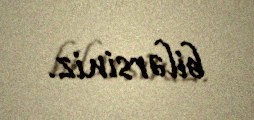
bilərsiniz.